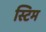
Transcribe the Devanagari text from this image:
स्टिम